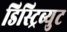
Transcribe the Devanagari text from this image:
डिस्ट्रिब्युट